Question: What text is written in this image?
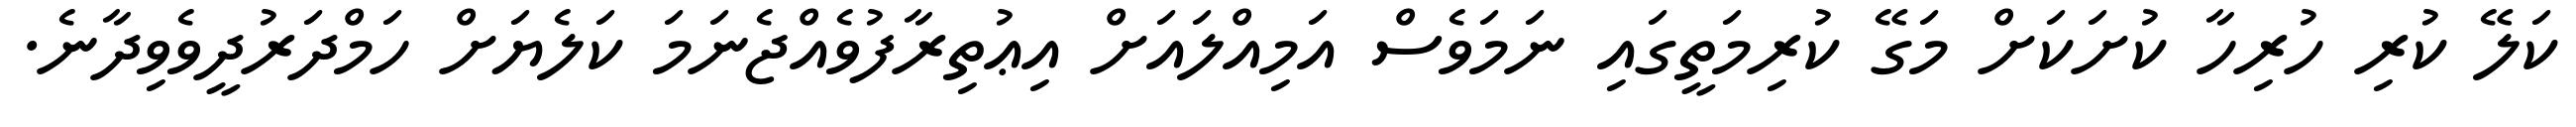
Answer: ކަލޭ ކުރި ހުރިހާ ކުށަކަށް މަގޭ ކުރިމަތީގައި ނަމަވެސް އަމިއްލައަށް އިޢުތިރާފުވެއްޖެނަމަ ކަލެޔަށް ހަމްދަރުދީވެވިދާނެ.